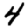
Digit: 4